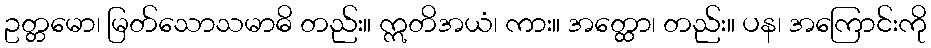
ဥတ္တမော၊ မြတ်သောသမာဓိ တည်း။ ဣတိအယံ၊ ကား။ အတ္ထော၊ တည်း။ ပန၊ အကြောင်းကို